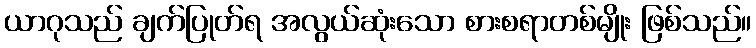
ယာဂုသည် ချက်ပြုတ်ရ အလွယ်ဆုံးသော စားစရာတစ်မျိုး ဖြစ်သည်။